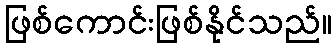
ဖြစ်ကောင်းဖြစ်နိုင်သည်။